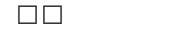
١٩